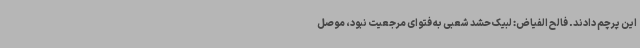
این پرچم دادند. فالح الفیاض: لبیک حشد شعبی به فتوای مرجعیت نبود، موصل